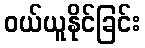
ဝယ်ယူနိုင်ခြင်း